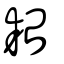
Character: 耛